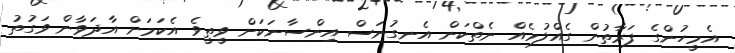
އެމީހުންގެ ފަރާތުން ގެއްލުމެއް ނެތްކަން އެނގުނަސް އިންސާނަކަށް ވީތީވެ އެކަމަށް އާދަވާން ވަގުތު